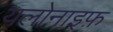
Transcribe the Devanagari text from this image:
यलोनाइफ़